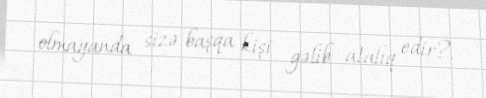
olmayanda sizə başqa kişi gəlib atalıq edir?.